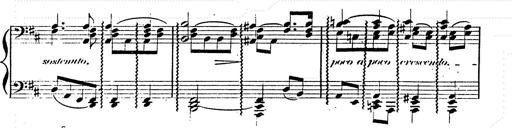
Title: Franz Schuberts geistliche Lieder
Composer: Franz Liszt